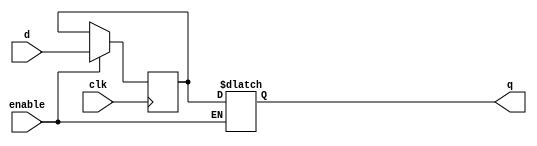
module transparent_latch_d_ff (
    input wire d,
    input wire clk,
    input wire enable,
    output reg q
);

reg latched_input;

always @(posedge clk) begin
    if (enable) begin
        latched_input <= d;
    end
end

always @* begin
    if (enable) begin
        q <= latched_input;
    end
end

endmodule